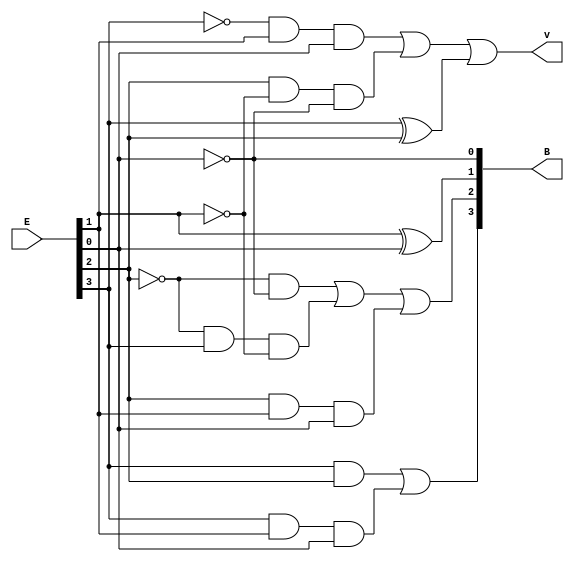
module Lab2_converter_4bit_gatelevel (input [3:0] E, output [3:0] B, output v);
    wire [3:0] nE;
    wire [8:1] w;

    not N0(nE[0],E[0]);
    not N1(nE[1],E[1]);
    not N2(nE[2],E[2]);
    not N3(nE[3],E[3]);

    and A1(w1,nE[3],E[1],E[0]);
    and A2(w2,E[2],nE[1],nE[0]);
    xor x1(w3,E[3],E[2]);
    and A3(w4,E[3],E[2]);
    and A4(w5,E[3],E[1],E[0]);
    and A5(w6,nE[2],nE[0]);
    and A6(w7,nE[2],E[3],nE[1]);
    and A7(w8,E[2],E[1],E[0]);

    or o1(v,w1,w2,w3);
    or o2(B[3],w4,w5);
    or o3(B[2],w6,w7,w8);
    xor x2(B[1],E[1],E[0]);
    not N4(B[0],E[0]);



    

endmodule